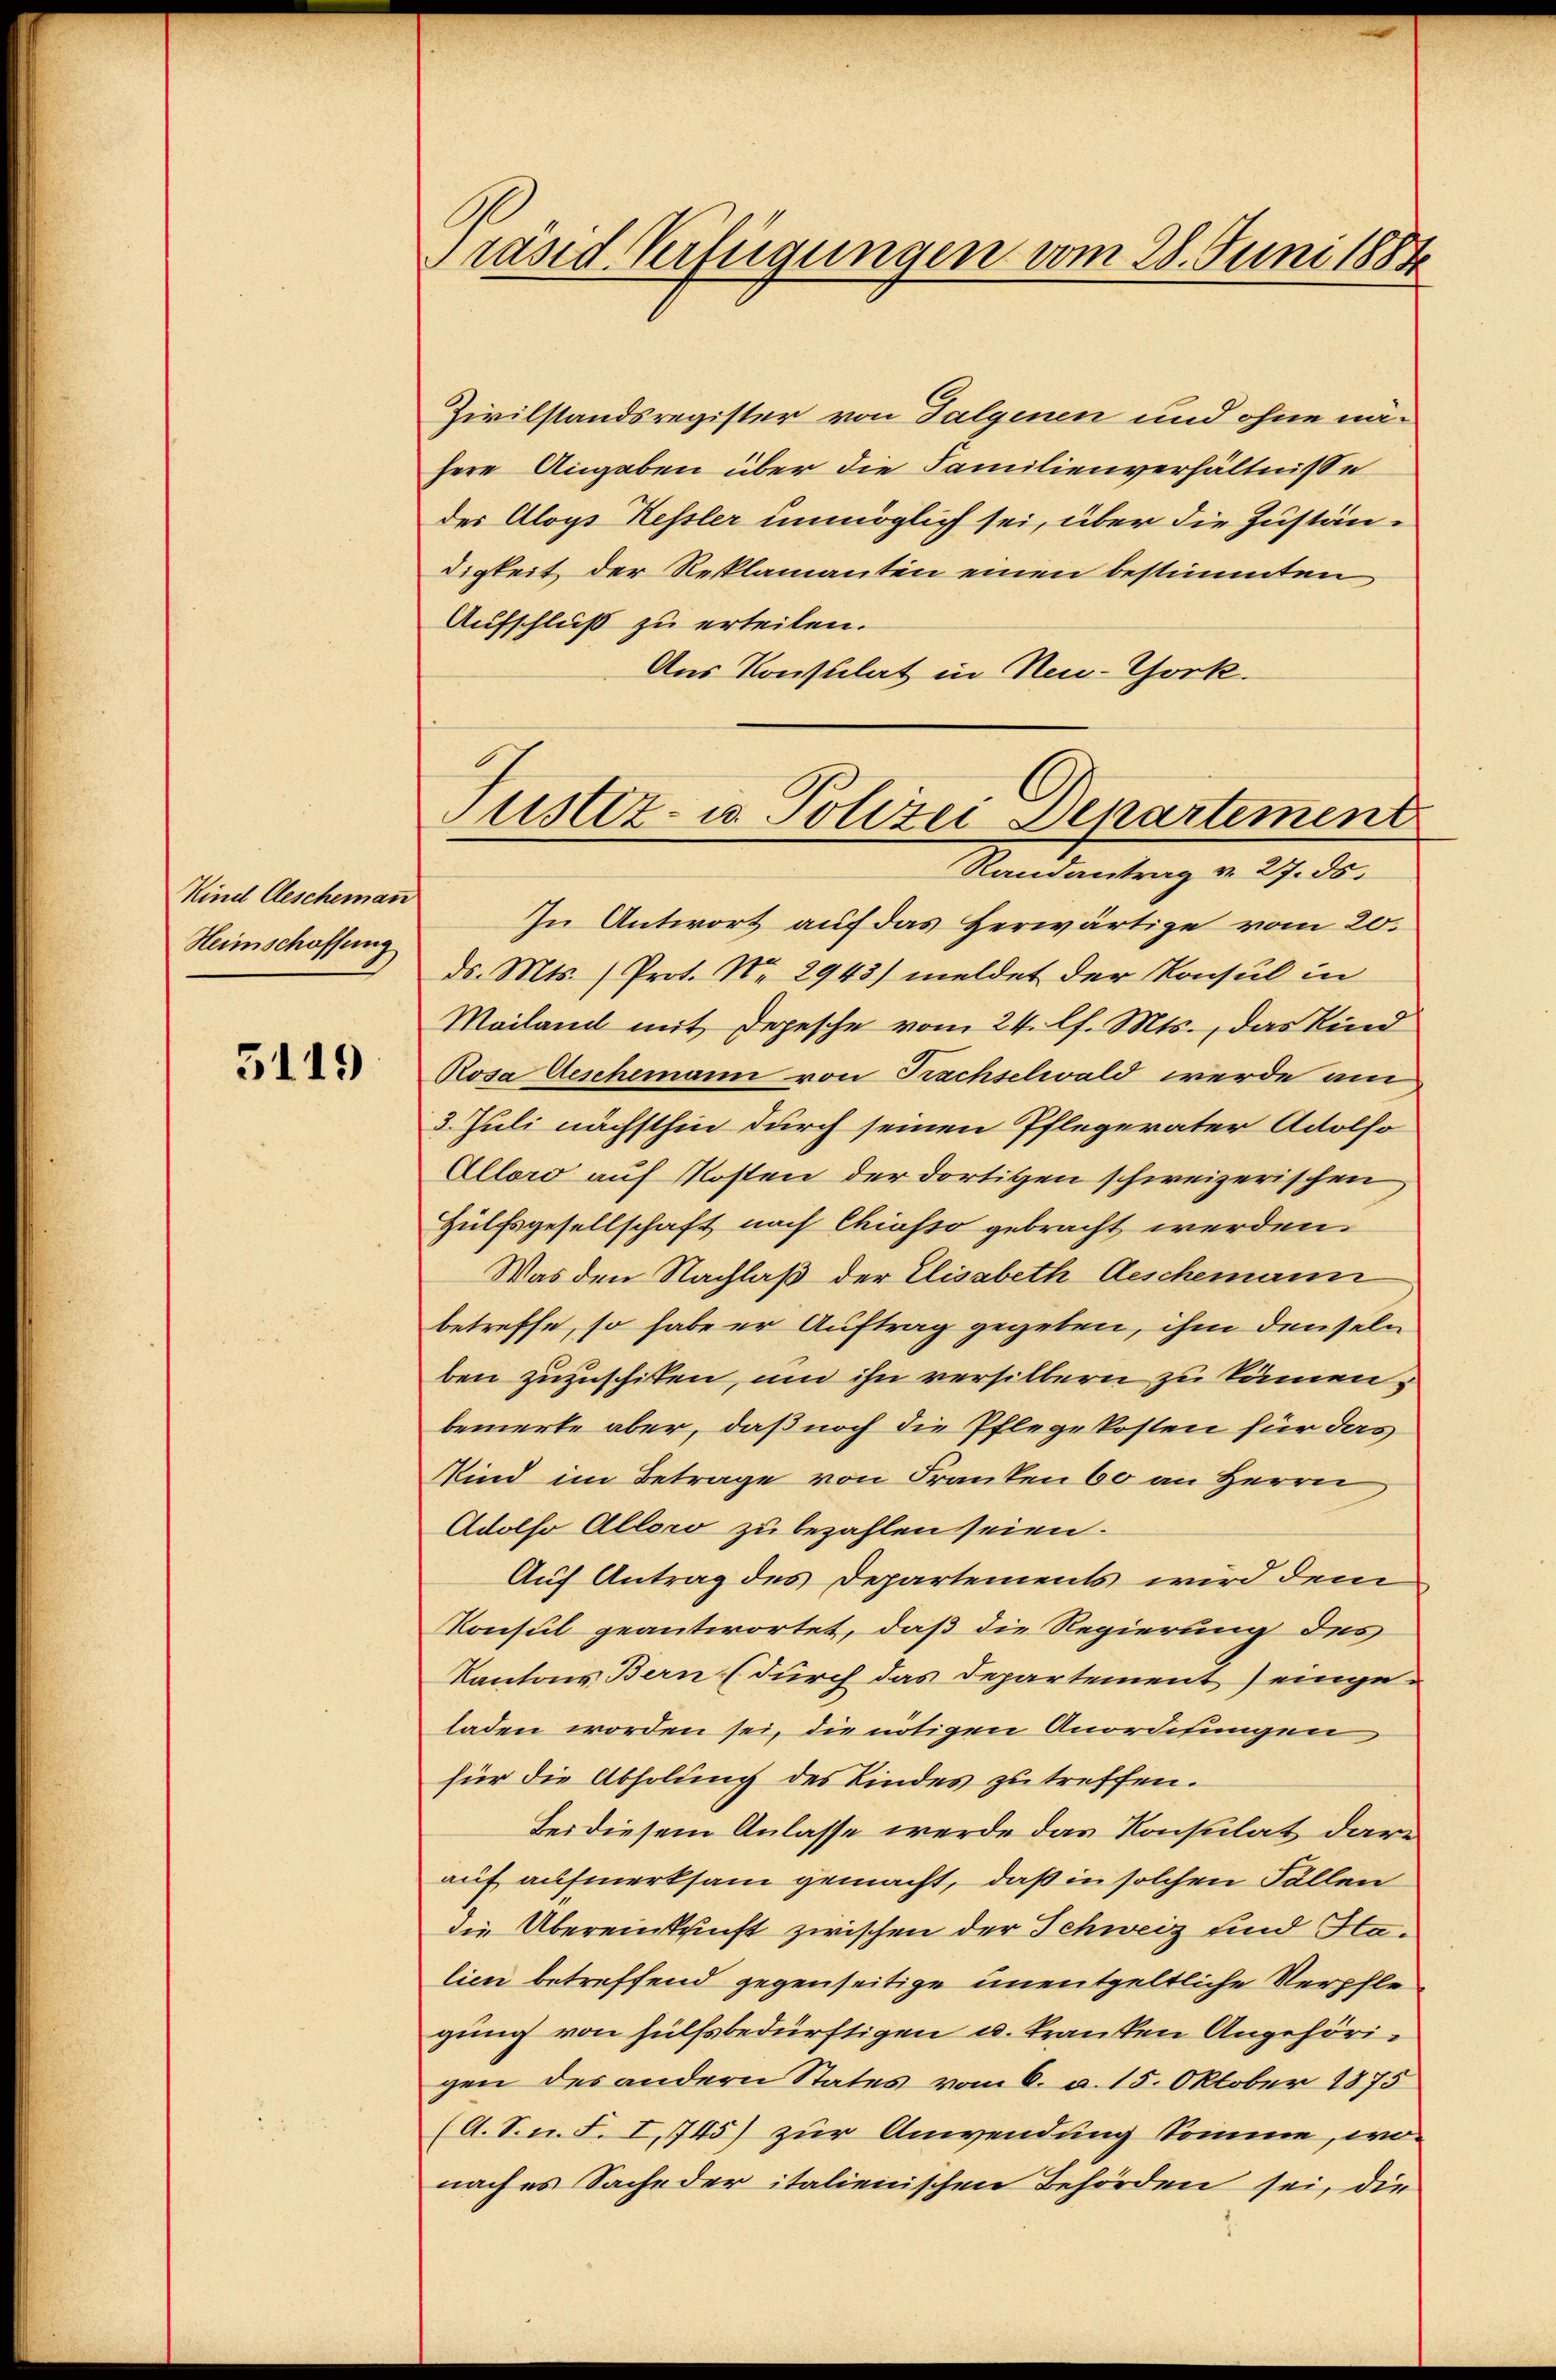
Kind Gescheman
Heimschaffung

5119

Präsid Verfügungen vom 28. Juni 1884

Zivilstandsregister von Talgenen und ohne nähere Angaben über die Familienverhältnisse
des Aloys Kessler unmöglich sei, über die Zuständigkeit der Reklamanten einen bestimmten
Aufschluß zu erteilen.
Aus Konsulat in Neu-Chork.
Randantrag v. 27. ds.
In Antwort auf das Herwärtige vom 20.
ds. Mts. (Prot. Nr. 2943) meldet der Konsul in
Mailand mit Depesche vom 24. l. Mts., das Kind
Rosa Geschemann von Trachselwald werde am
3. Juli nächsthin durch seinen Pflegerater Adolfo
Alloro auf Kosten der dortigen schweizerischen
Hülfsgesellschaft nach Chiasso gebracht werden.
Was den Nachlaß der Elisabeth Aeschemann
betreffe, so habe er Auftrag gegeben, ihm denseln
ben zuzuschiten, und ihn versilbern zu können,
bemerke aber, daß noch die Pflegekosten für das
Kind im Betrage von Franken 60 an Herrn
Adolso Alloro zu bezahlen seien.
Auf Antrag des Departements wird dem
Konsul geantwortet, daß die Regierung des
Kantons Bern (durch das Departement) eingeladen worden sei, die nötigen Anordnungen
für die Abholung des Kindes zu treffen.
Bei diesem Anlasse werde das Konsulat darü
auf aufmerksam gemacht, daß in solchen Fällen
die Übereinkunft zwischen der Schweiz und Halien betreffend gegenseitige unentgeltliche Verpflegung von Hülfsbedürftigen u. kranken Angehörigen des andern States vom 6. d. 15. Oktober 1875
(A.S.n. F. I. 745) zur Anwendung Somme, wo
nach es Sache der italienischen Behörden sei, die

Justiz- u. Polizei Departement